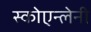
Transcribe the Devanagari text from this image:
स्कोएन्लेनी